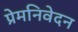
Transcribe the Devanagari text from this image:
प्रेमनिवेदन